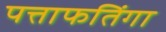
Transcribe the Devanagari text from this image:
पत्ताफतिंगा